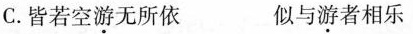
C.皆苦空\underset{·}{游}无所依 似与\underset{·}{游}者相乐